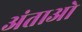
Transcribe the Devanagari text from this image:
अंताओ